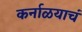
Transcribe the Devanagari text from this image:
कर्नाळयाचं